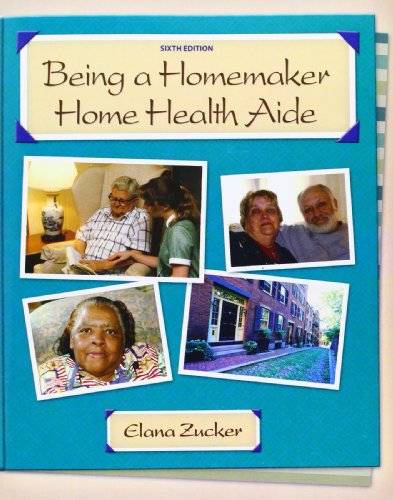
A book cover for Being a Homemaker/Home Health Aide (6th Edition); Elana Zucker; Medical Books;